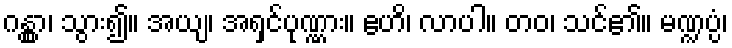
ဂန္တွာ၊ သွား၍။ အယျ၊ အရှင်ပုဏ္ဏား။ ဧဟိ၊ လာပါ။ တဝ၊ သင်၏။ မဏ္ဍပ္ပံ၊